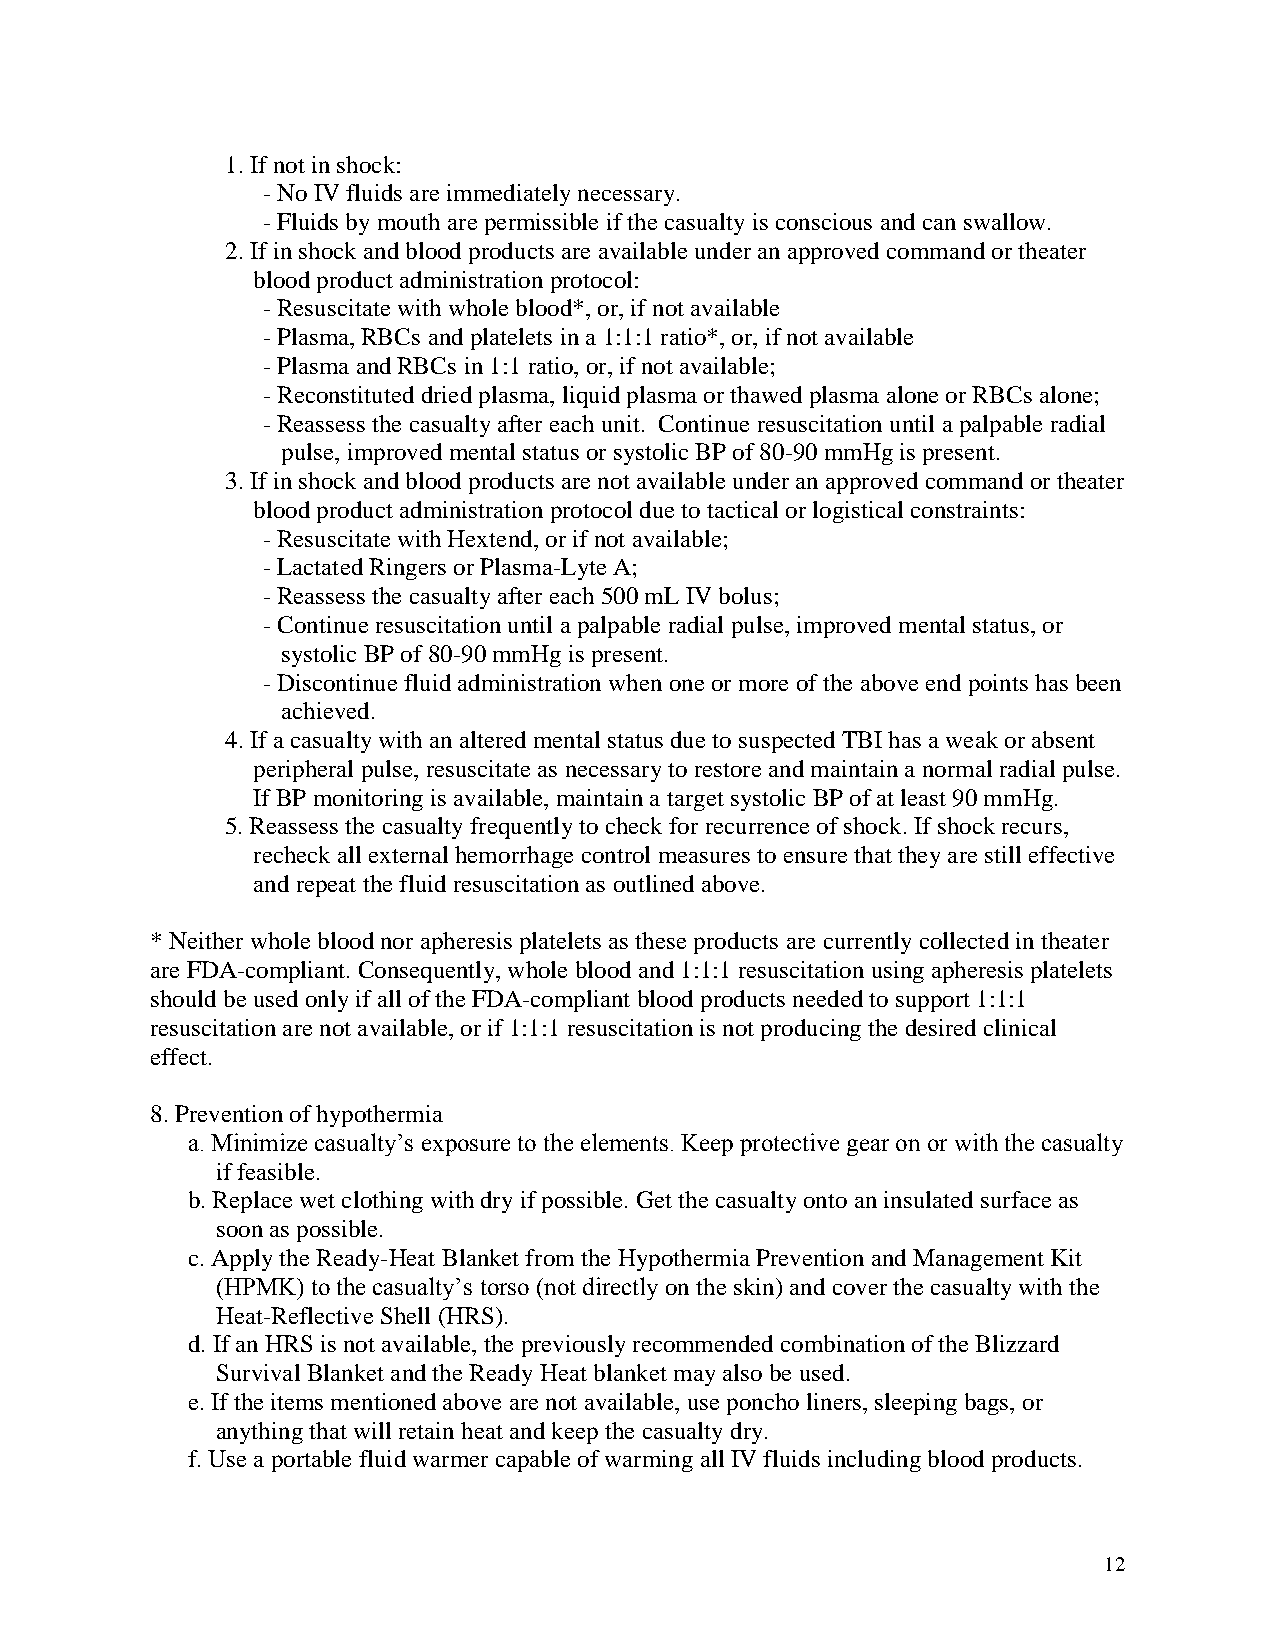
1. If not in shock:
 - No IV fluids are immediately necessary.
 - Fluids by mouth are permissible if the casualty is conscious and can swallow.
 2. If in shock and blood products are available under an approved command or theater
 blood product administration protocol:
 - Resuscitate with whole blood*, or, if not available
 - Plasma, RBCs and platelets in a 1:1:1 ratio*, or, if not available
 - Plasma and RBCs in 1:1 ratio, or, if not available;
 - Reconstituted dried plasma, liquid plasma or thawed plasma alone or RBCs alone;
 - Reassess the casualty after each unit. Continue resuscitation until a palpable radial
 pulse, improved mental status or systolic BP of 80-90 mmHg is present.
 3. If in shock and blood products are not available under an approved command or theater
 blood product administration protocol due to tactical or logistical constraints:
 - Resuscitate with Hextend, or if not available;
 - Lactated Ringers or Plasma-Lyte A;
 - Reassess the casualty after each 500 mL IV bolus;
 - Continue resuscitation until a palpable radial pulse, improved mental status, or
 systolic BP of 80-90 mmHg is present.
 - Discontinue fluid administration when one or more of the above end points has been
 achieved.
 4. If a casualty with an altered mental status due to suspected TBI has a weak or absent
 peripheral pulse, resuscitate as necessary to restore and maintain a normal radial pulse.
 If BP monitoring is available, maintain a target systolic BP of at least 90 mmHg.
 5. Reassess the casualty frequently to check for recurrence of shock. If shock recurs,
 recheck all external hemorrhage control measures to ensure that they are still effective
 and repeat the fluid resuscitation as outlined above.
 * Neither whole blood nor apheresis platelets as these products are currently collected in theater
 are FDA-compliant. Consequently, whole blood and 1:1:1 resuscitation using apheresis platelets
 should be used only if all of the FDA-compliant blood products needed to support 1:1:1
 resuscitation are not available, or if 1:1:1 resuscitation is not producing the desired clinical
 effect.
 8. Prevention of hypothermia
 a. Minimize casualty’s exposure to the elements. Keep protective gear on or with the casualty
 if feasible.
 b. Replace wet clothing with dry if possible. Get the casualty onto an insulated surface as
 soon as possible.
 c. Apply the Ready-Heat Blanket from the Hypothermia Prevention and Management Kit
 (HPMK) to the casualty’s torso (not directly on the skin) and cover the casualty with the
 Heat-Reflective Shell (HRS).
 d. If an HRS is not available, the previously recommended combination of the Blizzard
 Survival Blanket and the Ready Heat blanket may also be used.
 e. If the items mentioned above are not available, use poncho liners, sleeping bags, or
 anything that will retain heat and keep the casualty dry.
 f. Use a portable fluid warmer capable of warming all IV fluids including blood products.
 12